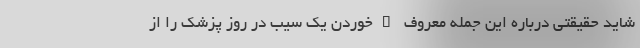
شاید حقیقتی درباره این جمله معروف "خوردن یک سیب در روز پزشک را از